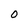
Character: 0